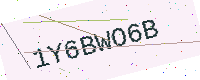
Text: 1Y6BWO6B